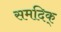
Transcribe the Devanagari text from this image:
समदिक्‌